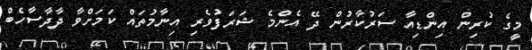
މީގެ ކުރިން އިންޑިއާ ސަރުކާރުން ދޭ އެންމެ ޝަރަފުވެރި އިނާމުތައް ކަމަށްވާ ދާދާސާހެބް